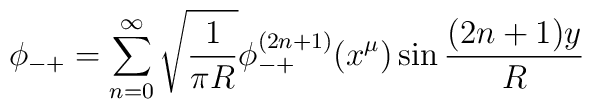
\phi_{-+}=\sum^\infty_{n=0}\sqrt{\frac{1}{\pi R}}\phi^{(2n+1)}_{-+}(x^\mu)\sin\frac{(2n+1)y}{R}